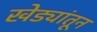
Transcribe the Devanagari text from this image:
खेड्यांतून